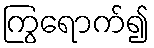
ကြွရောက်၍